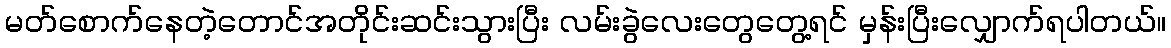
မတ်စောက်နေတဲ့တောင်အတိုင်းဆင်းသွားပြီး လမ်းခွဲလေးတွေတွေ့ရင် မှန်းပြီးလျှောက်ရပါတယ်။